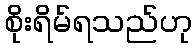
စိုးရိမ်ရသည်ဟု